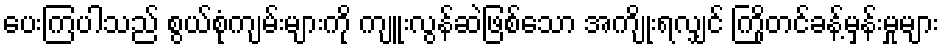
ပေးကြပါသည် စွယ်စုံကျမ်းများကို ကျူးလွန်ဆဲဖြစ်သော အကျိုးရလျှင် ကြိုတင်ခန့်မှန်းမှုများ